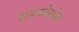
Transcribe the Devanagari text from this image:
हायकोर्टाचा